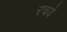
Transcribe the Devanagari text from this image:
रचये